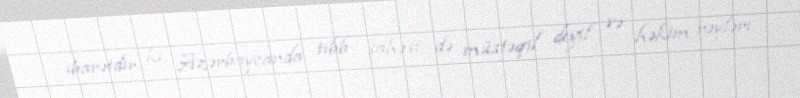
ibarətdir ki, Azərbaycanda tibb sahəsi də müstəqil deyil və həkim rəyləri